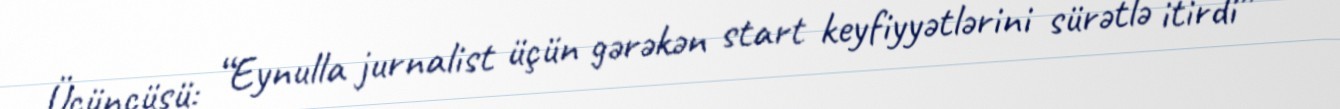
Üçüncüsü: “Eynulla jurnalist üçün gərəkən start keyfiyyətlərini sürətlə itirdi”